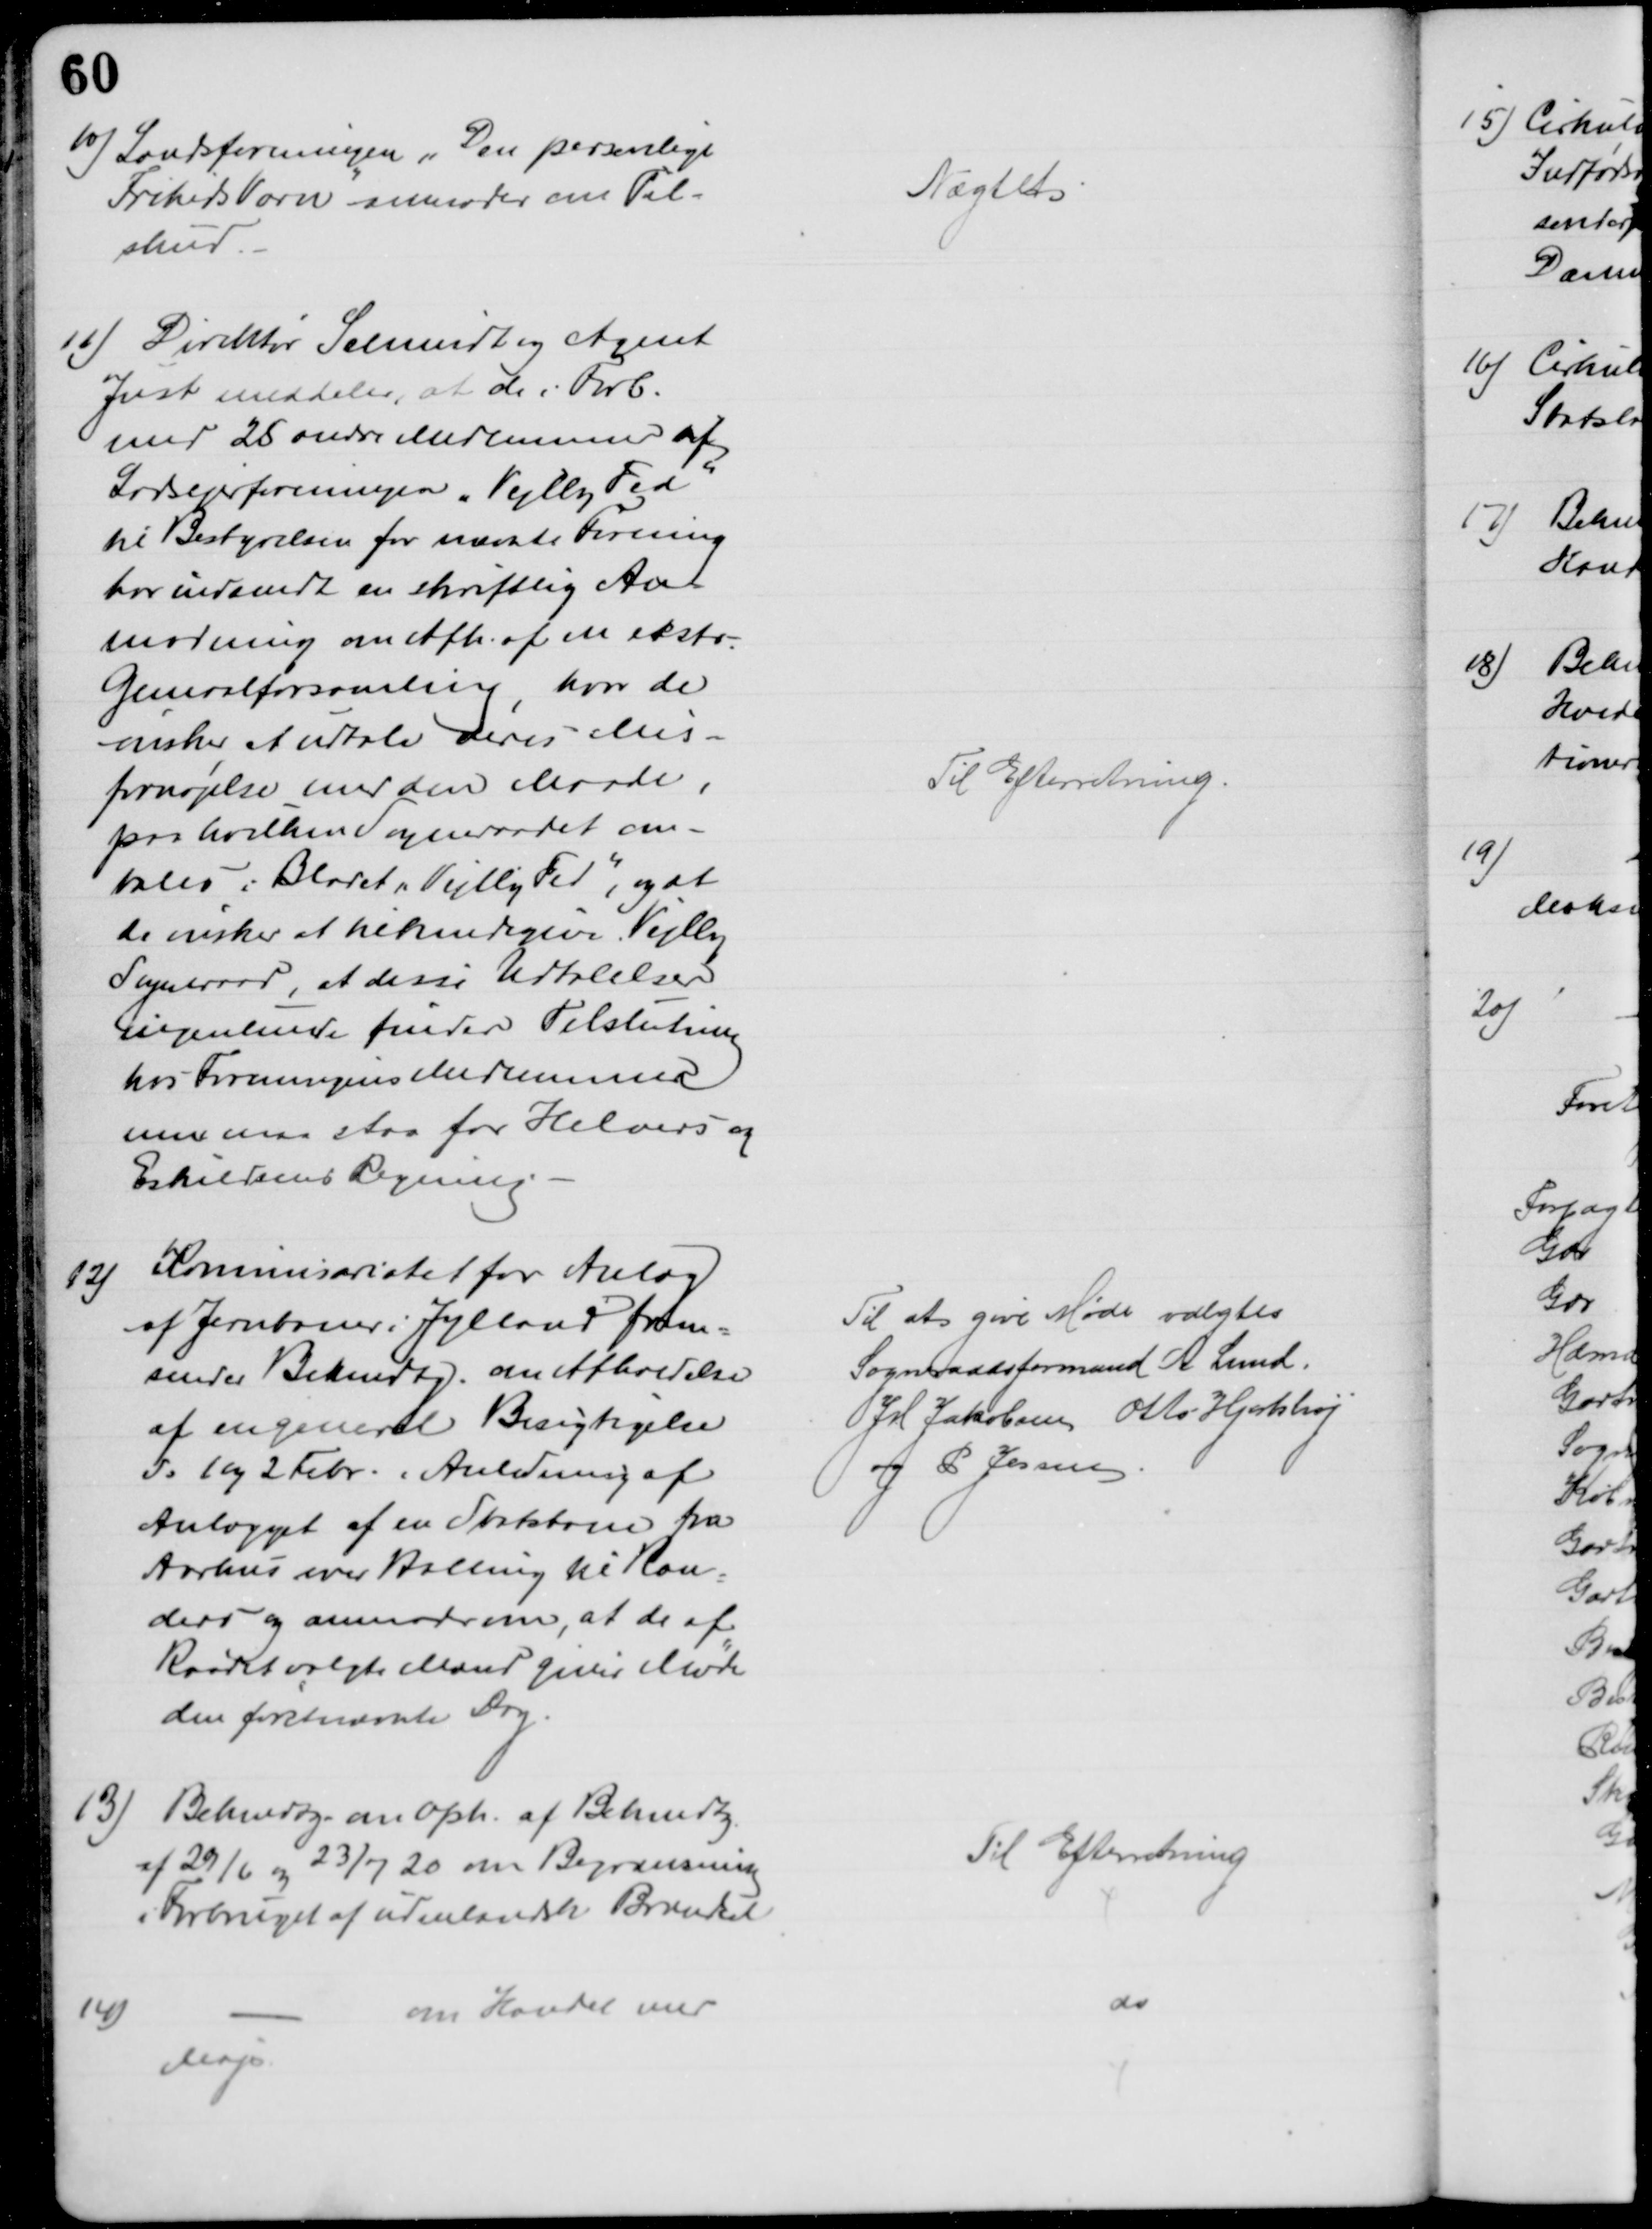
Transskription:
10) Landsforeningen "Den personlige
Friheds Værn" anmoder om Til-
skud
Nægtet
11) Direktør Schmidt og Agent
Just meddeler, at de i Forb.
med 25 andre Medlemmer af
Lodsejerforeningen „Vejlby Fed"
til Bestyrelsen for nævnte Forening
har indsendt en skriftlig An-
modning om Afh. af en ekstra
Generalforsamling, hvor de
ønsker at udtale deres Mis=
fornøjelse med den Maade,
paa hvilken Sogneraadet om-
tales i Bladet "Vejlby Fed", og at
de ønsker at tilkendegive Vejlby
Sogneraad, at disse Udtalelser
ingenlunde finder Tilslutning
hos Foreningens Medlemmer
men maa staa for Helvers og 
Eskildsens Regning.
Til Efterretning.
12)
Kommisariatet for Anlæg
af Jernbaner i Jylland frem-
sender Bekendtg. om Afholdelse
af en generel Besigtigelse
d: 1 og 2 Febr. i Anledning af
Anlægget af en Statsbane fra
Aarhus over Halling til Ran-
ders og anmoder om, at de af
Raadet valgte Mænd giver Møde
den førstnævnte Dag.
Til at give Møde valgtes
Sogneraadsformand A Lund.
JM Jakobsen Otto Hjortshøj
og P Jessen
13)
Bekendtg. om Oph. af Bekendtg.
af 29/6 23/7 20 om Begrænsning
i Forbruget af udenlandsk Brændsel
Til Efterretning
14)
om Handel med
Majs.
do